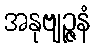
အနုဗျဉ္ဇနံ